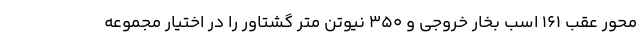
محور عقب 161 اسب بخار خروجی و 350 نیوتن متر گشتاور را در اختیار مجموعه